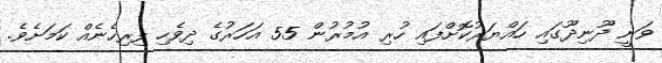
ވަނީ ދޫނިދޫގައި ހައްޔަރުކޮށްފައި ހުރި އުމުރުން 55 އަހަރުގެ ދިވެހި ފިރިހެނެއް ކަމަށެވެ.